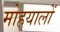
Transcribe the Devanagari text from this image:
मोहयालों